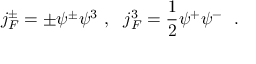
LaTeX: j _ { F } ^ { \pm } = \pm \psi ^ { \pm } \psi ^ { 3 } ~ , ~ ~ j _ { F } ^ { 3 } = \frac { 1 } { 2 } \psi ^ { + } \psi ^ { - } ~ ~ .